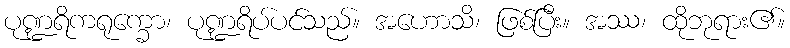
ပုဏ္ဍရိကရုက္ခော၊ ပုဏ္ဍရိပ်ပင်သည်။ အဟောသိ၊ ဖြစ်ပြီး။ အဿ၊ ထိုဘုရား၏။